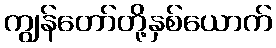
ကျွန်တော်တို့နှစ်ယောက်